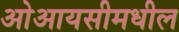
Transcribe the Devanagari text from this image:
ओआयसीमधील